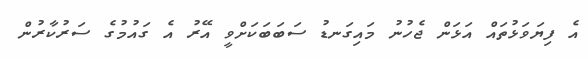
އެ ފިޔަވަޅުތައް އަޅަން ޖެހުނު މައިގަނޑު ސަބަބަކަށްވީ އޭރު އެ ގައުމުގެ ސަރުކާރުން